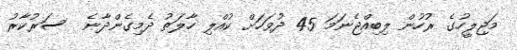
މަޖިލީހުގެ ރުހުން ލިބިއްޖެނަމަ 45 ދުވަހަށް ކުއްލި ހާލަތު ދެމިގެންދާނެ  ސަރުކާރު